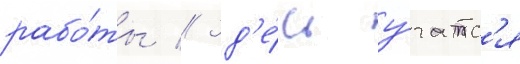
рабо́ты // Зд'е́сь у́чатс'я